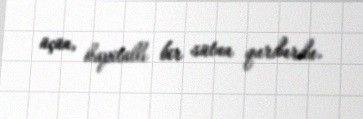
üçün, kapitallı bir sütun qurdurdu.